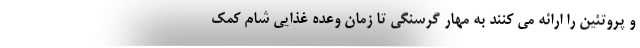
و پروتئین را ارائه می کنند به مهار گرسنگی تا زمان وعده غذایی شام کمک